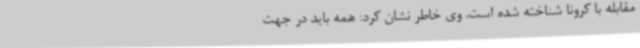
مقابله با کرونا شناخته شده است. وی خاطر نشان کرد: همه باید در جهت